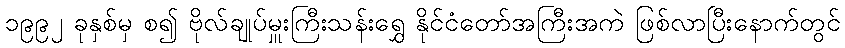
၁၉၉၂ ခုနှစ်မှ စ၍ ဗိုလ်ချုပ်မှူးကြီးသန်းရွှေ နိုင်ငံတော်အကြီးအကဲ ဖြစ်လာပြီးနောက်တွင်